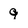
Character: 9